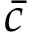
\bar { c }